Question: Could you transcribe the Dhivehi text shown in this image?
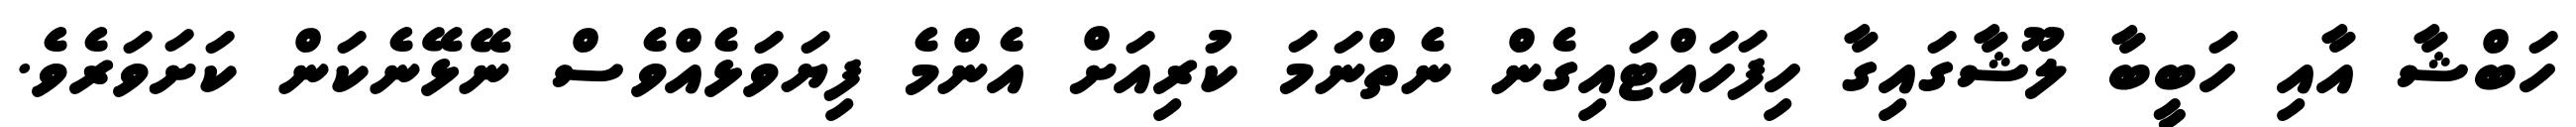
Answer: ހަބްޝާ އާއި ހަބީބާ ލޫޝާގައިގާ ހިފަހައްޓައިގެން ނެތްނަމަ ކުރިއަށް އެންމެ ފިޔަވަޅެއްވެސް ނޭޅޭނެކަން ކަށަވަރެވެ.